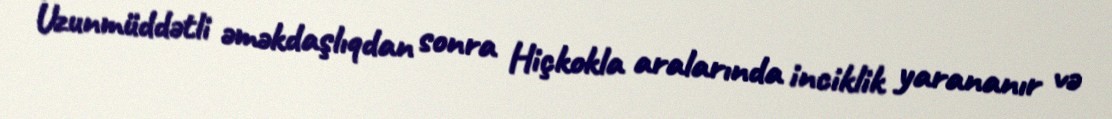
Uzunmüddətli əməkdaşlıqdan sonra Hiçkokla aralarında inciklik yarananır və